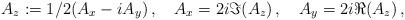
LaTeX: \begin{align*}A_z := 1/2 ( A_x - i A_y ) \, , \quad A_x = 2 i \Im(A_z) \, , \quad A_y = 2 i \Re(A_z) \, ,\end{align*}